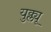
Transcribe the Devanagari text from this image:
युक्ल्यू